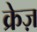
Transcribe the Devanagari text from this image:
क्रेज़